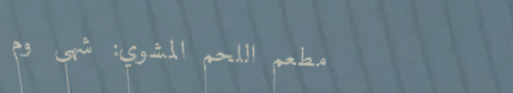
مطعم اللحم المشوي: شهي وم